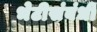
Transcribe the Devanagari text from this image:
भेटीसंबंधी